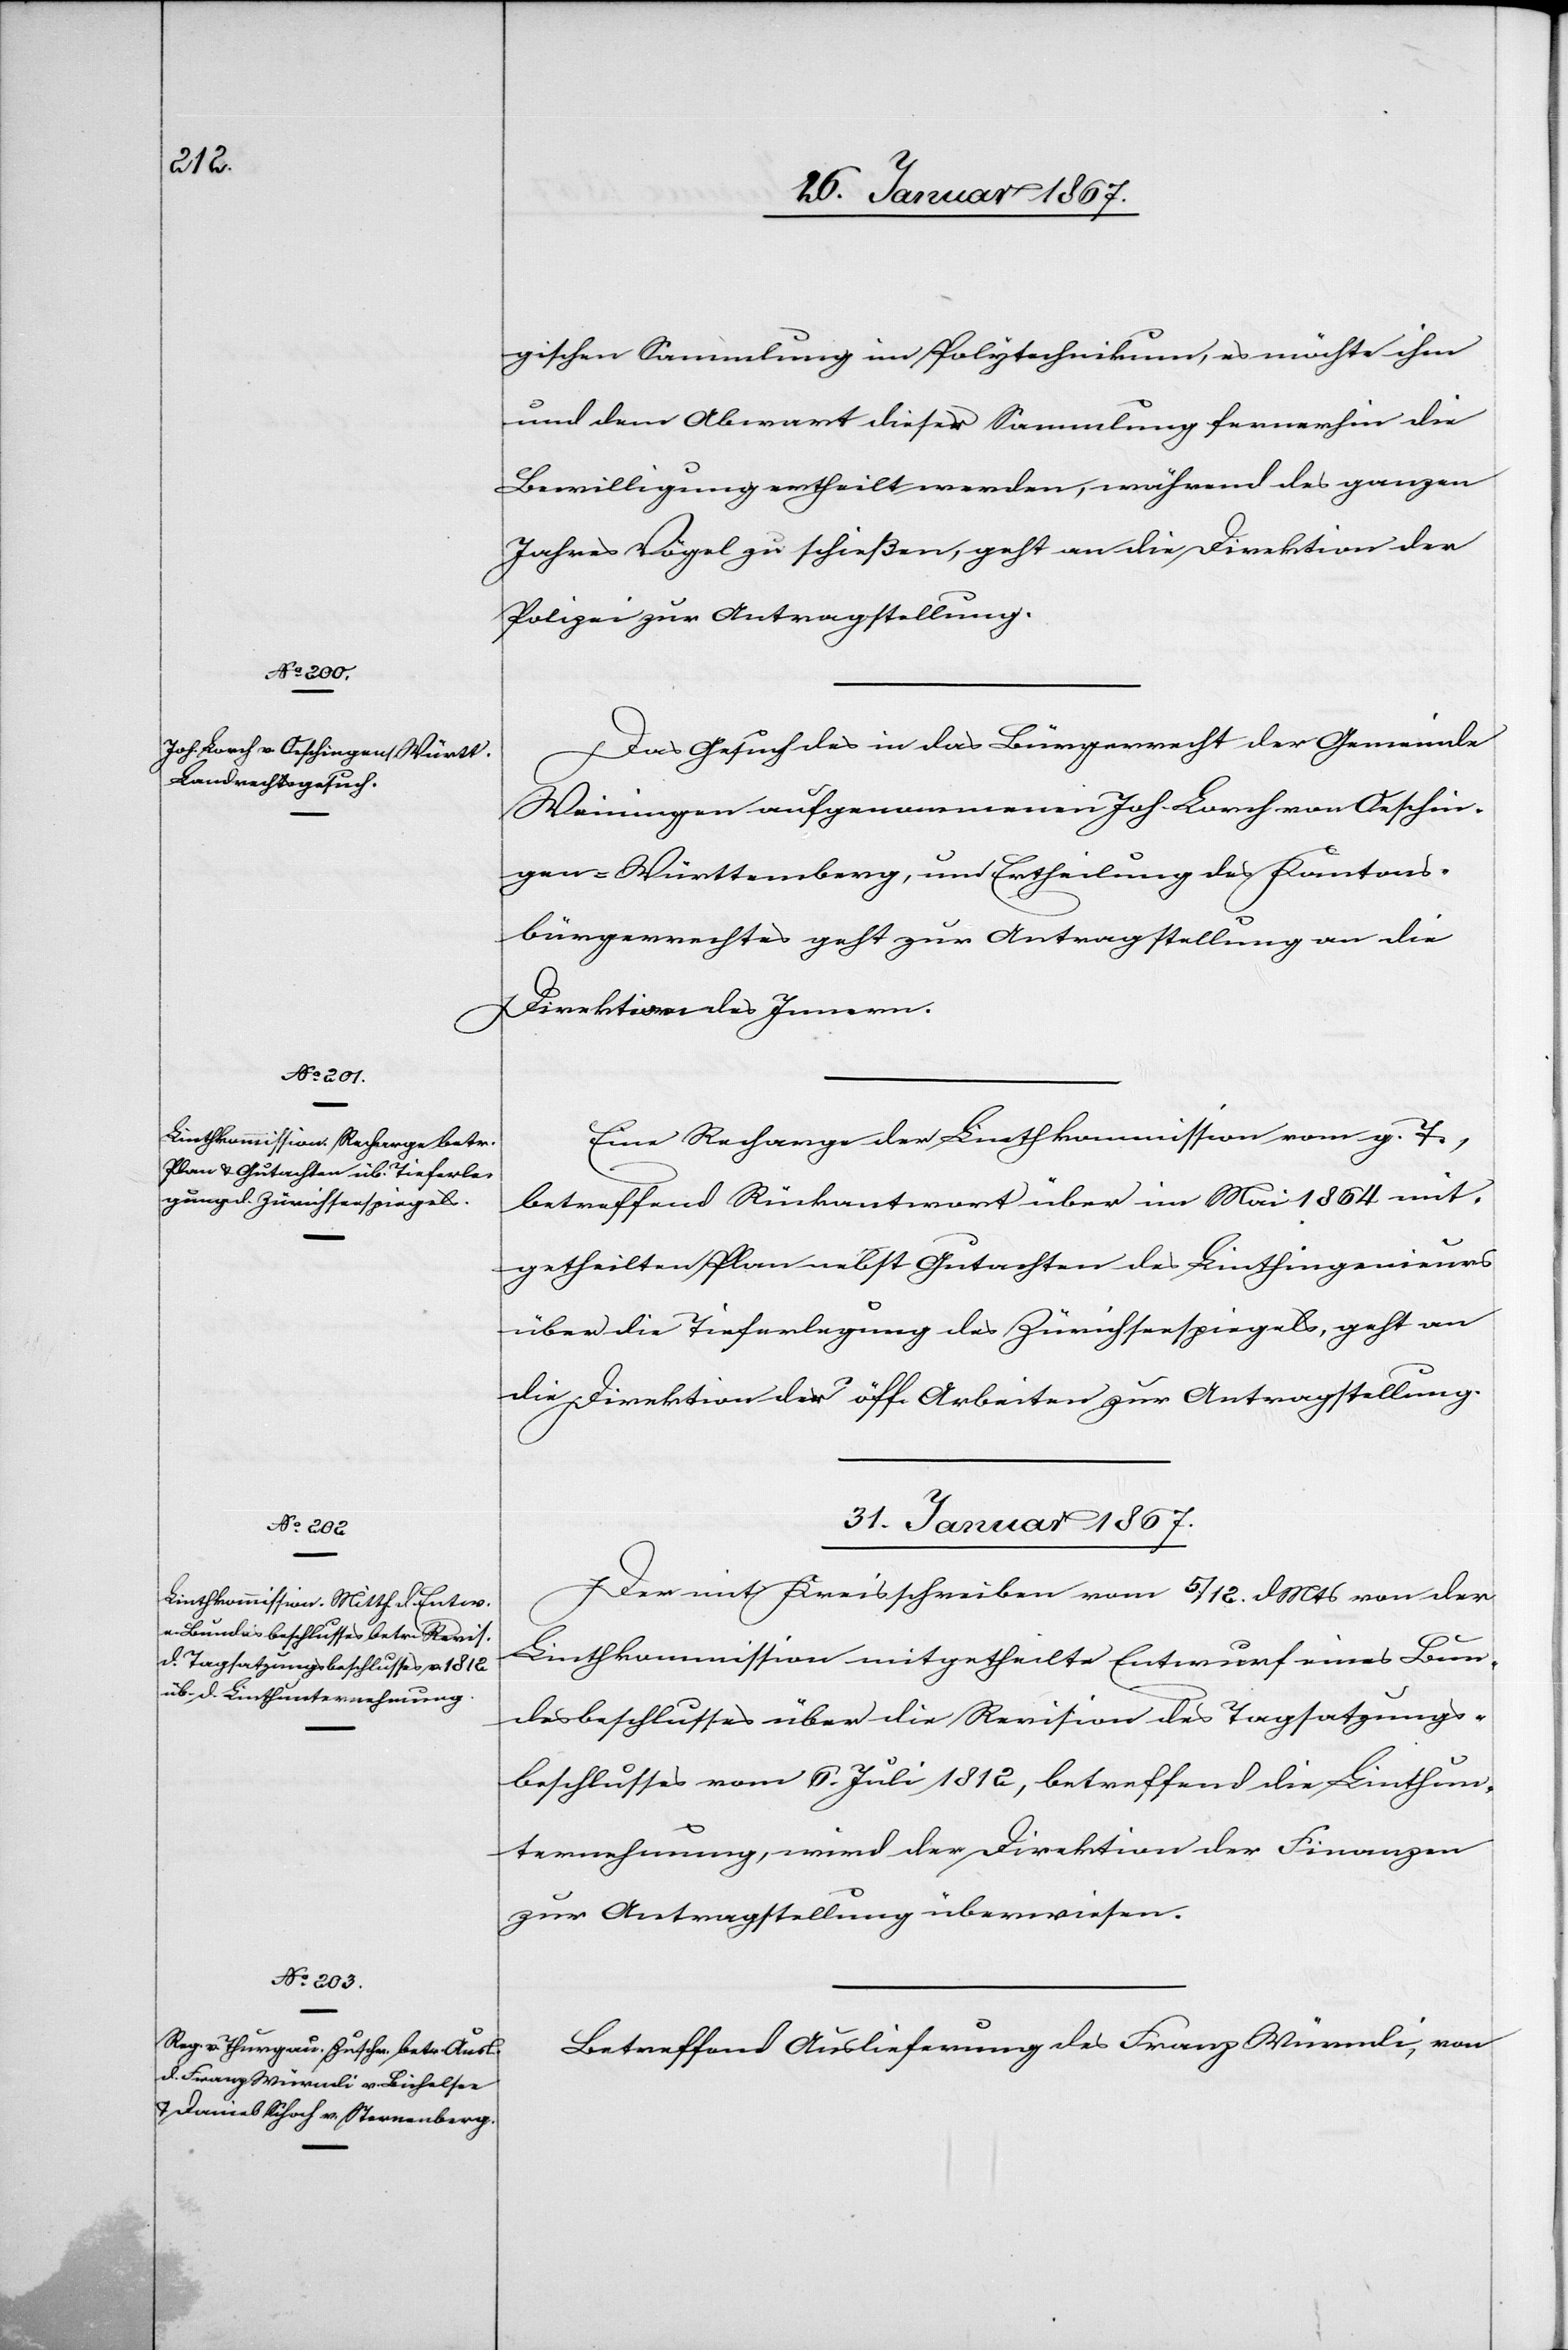
gischen Sammlung im Polytechnikum, es möchte ihm
und dem Abwart dieser Sammlung fernerhin die
Bewilligung ertheilt werden, während des ganzen
Jahres Vögel zu schießen, geht an die Direktion der
Polizei zur Antragstellung.
Das Gesuch des in das Bürgerrecht der Gemeinde
Weiningen aufgenommenen Joh. Lorch von Oeschin¬
gen-Württemberg, um Ertheilung des Kantons¬
bürgerrechtes geht zur Antragstellung an die
Direktion des Innern.
Eine Recharge der Linthkommission vom g. T.,
betreffend Rückantwort über im Mai 1864 mit¬
getheilten Plan nebst Gutachten das Linthingenieurs
über die Tieferlegung des Zürichseespiegels, geht an
die Direktion der öff. Arbeiten zur Antragstellung.
31. Januar 1867]
Der mit Kreisschreiben vom 5. / 12. d. Mts von der
Linthkommission mitgetheilte Entwurf eines Bun¬
desbeschlusses über die Revision des Tagsatzungs¬
beschlusses vom 6. Juli 1812, betreffend die Linthun¬
ternehmung, wird der Direktion der Finanzen
zur Antragstellung überwiesen.
Betreffend Auslieferung des Franz Würmli, von